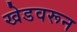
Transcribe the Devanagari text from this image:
खेडवरून